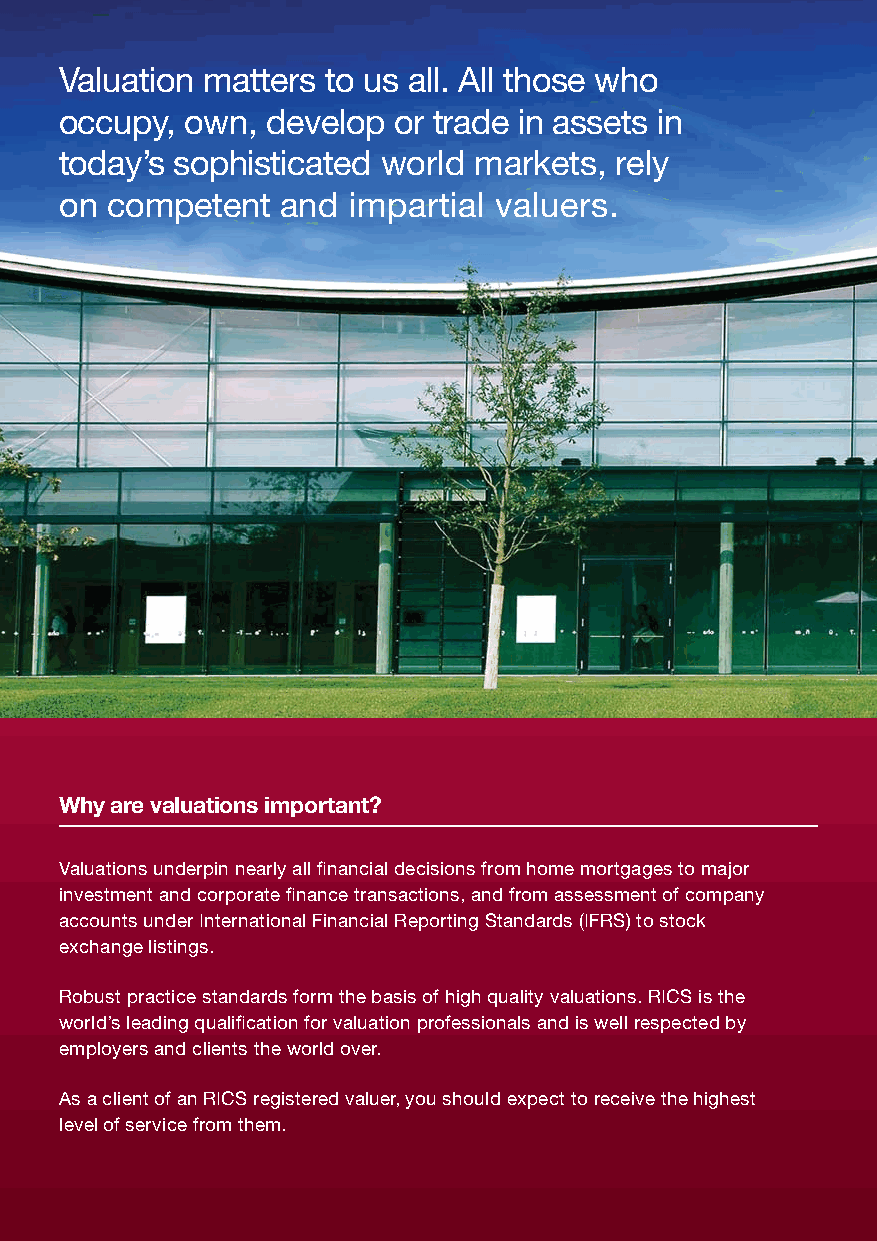
Valuation matters to us all. All those who
 occupy, own,  develop or trade in assets in
 today’s sophisticated world markets, rely
 on competent   and impartial valuers.
 Why are valuations important?
 Valuations underpin nearly all financial decisions from home mortgages to major
 investment and corporate finance transactions, and from assessment of company
 accounts under International Financial Reporting Standards (IFRS) to stock
 exchange listings.
 Robust practice standards form the basis of high quality valuations. RICS is the
 world’s leading qualification for valuation professionals and is well respected by
 employers and clients the world over.
 As a client of an RICS registered valuer, you should expect to receive the highest
 level of service from them.